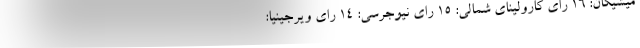
میشیگان: ۱۶ رای کارولینای شمالی: ۱۵ رای نیوجرسی: ۱۴ رای ویرجینیا: